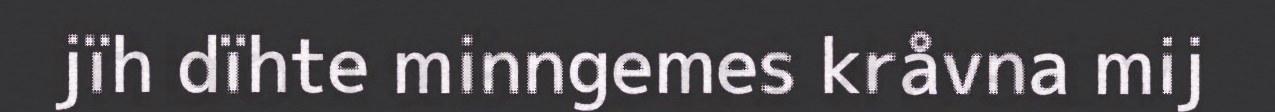
jïh dïhte minngemes kråvna mij